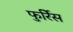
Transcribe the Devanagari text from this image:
फुर्रिेस